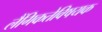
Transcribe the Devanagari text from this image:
लैंगिकतेविषयक